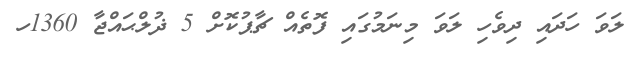
ލަވަ ހަދައި ދިވެހި ލަވަ މިނަމުގައި ފޮތެއް ޗާޕުކޮށް 5 ޛުލްޙައްޖާ 1360ހ